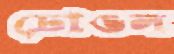
ঢোঙল